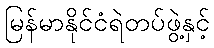
မြန်မာနိုင်ငံရဲတပ်ဖွဲ့နှင့်